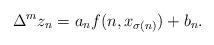
LaTeX: \begin{align*}\Delta^mz_n=a_nf(n,x_{\sigma(n)})+b_n.\end{align*}